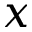
x